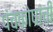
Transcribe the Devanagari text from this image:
पंचकोषांची